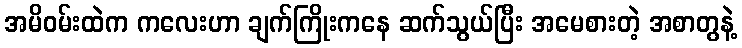
အမိဝမ်းထဲက ကလေးဟာ ချက်ကြိုးကနေ ဆက်သွယ်ပြီး အမေစားတဲ့ အစာတွနဲ့